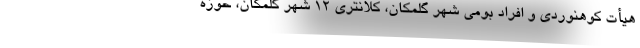
هیأت کوهنوردی و افراد بومی شهر گلمکان، کلانتری ۱۲ شهر گلمکان، حوزه